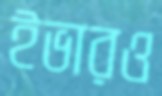
ইভারও